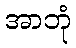
အာဘုံ